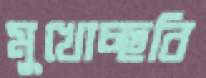
মুখোচ্ছবি